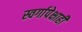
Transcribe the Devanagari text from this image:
स्वर्गापेक्षाही